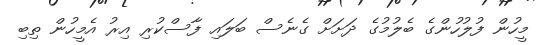
މީހުން ފުލުހުންގެ ބެލުމުގެ ދަށަށް ގެނެސް ބަލައި ފާސްކުރި އިރު އެމީހުން ތިބި